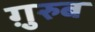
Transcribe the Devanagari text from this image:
ग़़ुरुब